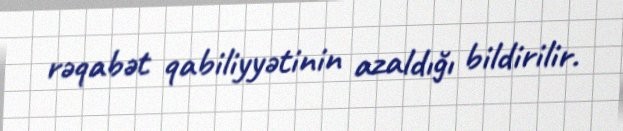
rəqabət qabiliyyətinin azaldığı bildirilir.